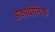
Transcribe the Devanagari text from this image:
अकार्बोनिक